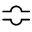
\Bumpeq